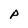
Character: A